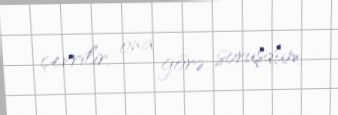
çevrilir, ona görə soruşdum.